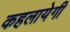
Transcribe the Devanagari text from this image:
कहलायेगी